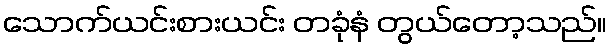
သောက်ယင်းစားယင်း တခုံနံ တွယ်တော့သည်။